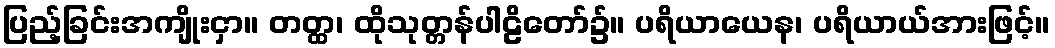
ပြည့်ခြင်းအကျိုးငှာ။ တတ္ထ၊ ထိုသုတ္တန်ပါဠိတော်၌။ ပရိယာယေန၊ ပရိယာယ်အားဖြင့်။